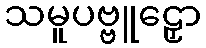
သမူပဗ္ဗူဠှော